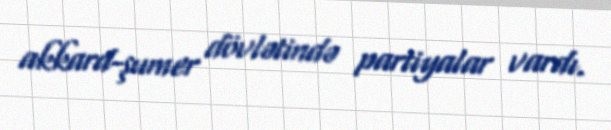
akkard-şumer dövlətində partiyalar vardı.